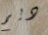
ديم